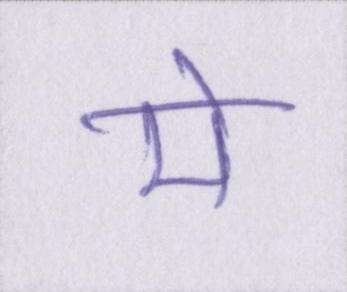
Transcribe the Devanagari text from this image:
मे